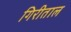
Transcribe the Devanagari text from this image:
गिरीताल